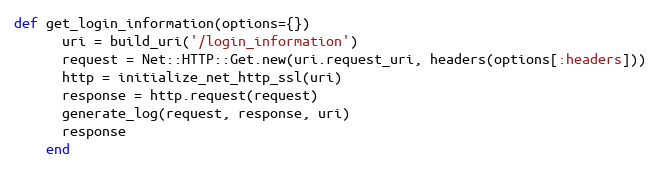
Language: Ruby
def get_login_information(options={})
      uri = build_uri('/login_information')
      request = Net::HTTP::Get.new(uri.request_uri, headers(options[:headers]))
      http = initialize_net_http_ssl(uri)
      response = http.request(request)
      generate_log(request, response, uri)
      response
    end